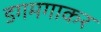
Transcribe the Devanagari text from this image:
डगमगाकर